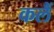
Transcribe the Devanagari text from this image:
कलैं